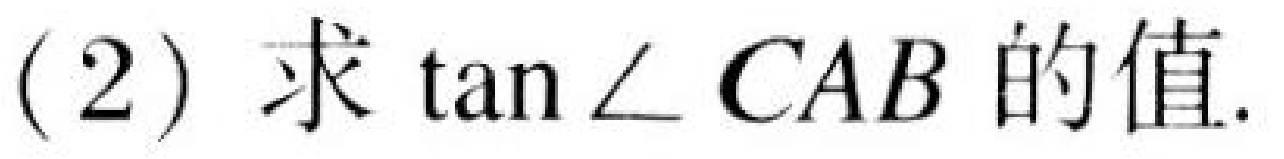
(2) 求 \(\tan\angle CAB\) 的值.